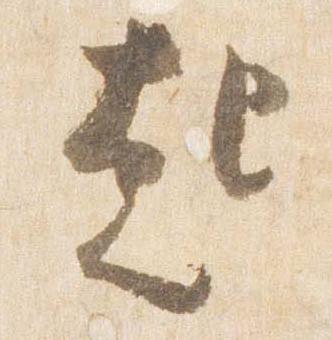
起